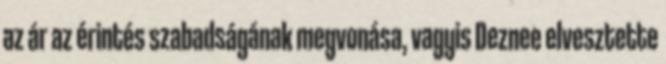
az ár az érintés szabadságának megvonása, vagyis Deznee elvesztette